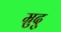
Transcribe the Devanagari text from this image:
म्रुदु